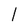
Character: l